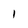
Character: 1